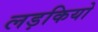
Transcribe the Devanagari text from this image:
लड़कियो